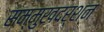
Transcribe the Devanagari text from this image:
सम्मुखदर्शन